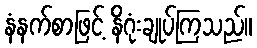
နံနက်စာဖြင့် နိဂုံးချုပ်ကြသည်။